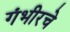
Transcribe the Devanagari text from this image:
गंभीरचे